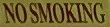
NO SMOKING